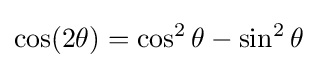
\cos(2\theta )=\cos ^{2}\theta -\sin ^{2}\theta